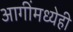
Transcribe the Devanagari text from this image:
आगींमध्येही